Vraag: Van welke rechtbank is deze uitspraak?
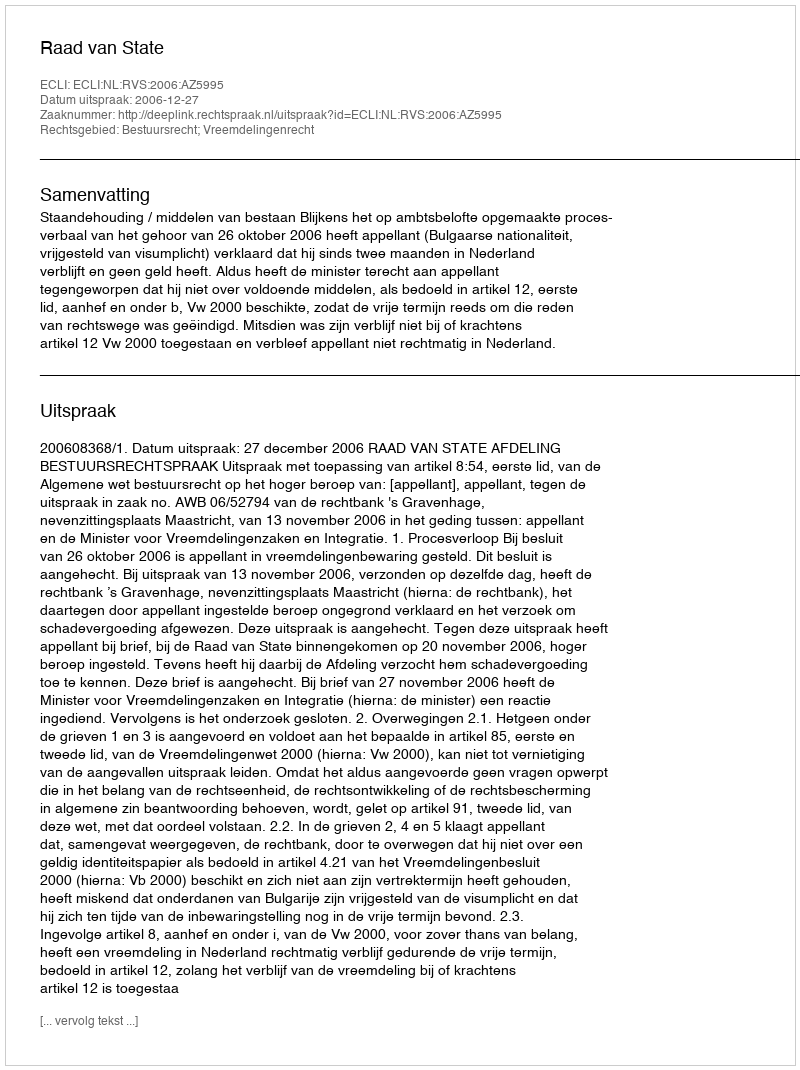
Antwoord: Raad van State